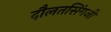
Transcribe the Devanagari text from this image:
दौलतसिंगजी